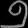
Digit: ၅